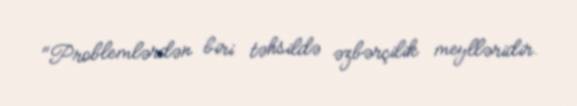
"Problemlərdən biri təhsildə əzbərçilik meylləridir.